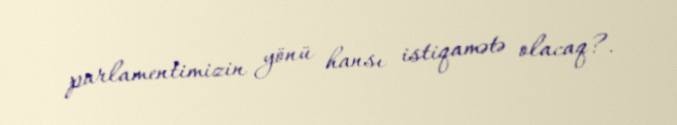
parlamentimizin yönü hansı istiqamətə olacaq?.